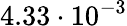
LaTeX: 4.33\cdot 10^{-3}